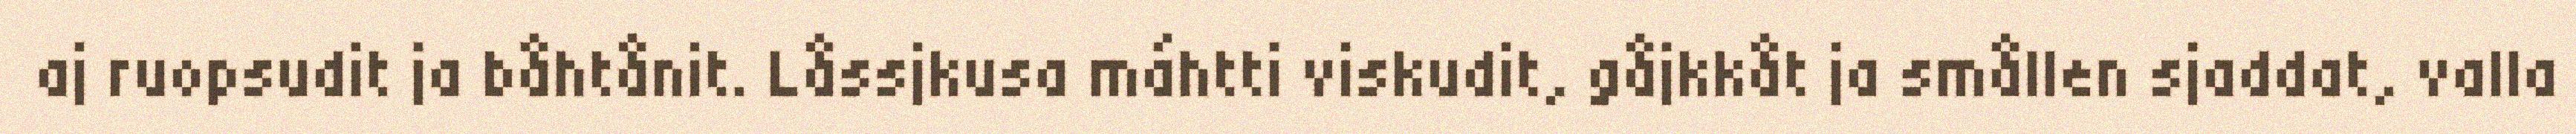
aj ruopsudit ja båhtånit. Låssjkusa máhtti viskudit, gåjkkåt ja smållen sjaddat, valla